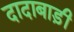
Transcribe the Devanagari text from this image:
दादाबाड़ी